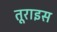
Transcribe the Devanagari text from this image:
तूराइस